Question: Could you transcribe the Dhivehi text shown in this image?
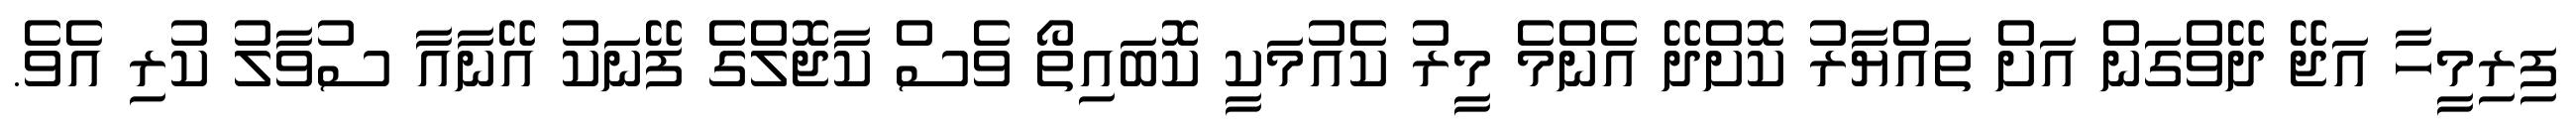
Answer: ފިރިމީހާ އަޖޭ ދޭވްގަން އަށް ތައްޔާރު ކޮށްދޭ އެންމެ މީރު ކެއުމަކީ ކޮބައިތޯ ވެސް ކާޖޮލްގެ ފޭނަކު އޭނާއާ ސުވާލު ކުރި އެވެ.